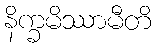
နိက္ခမိဿာမီတိ